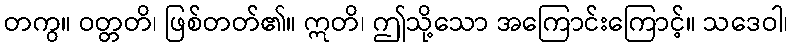
တကွ။ ဝတ္တတိ၊ ဖြစ်တတ်၏။ ဣတိ၊ ဤသို့သော အကြောင်းကြောင့်။ သဒေဝါ၊